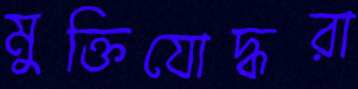
মুক্তিযোদ্ধরা